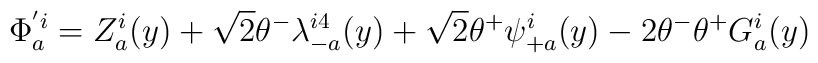
\Phi_a^{'i}=Z_a^i(y) +\sqrt 2 \theta^- \lambda_{-a}^{i4}(y)+\sqrt 2 \theta^+ \psi_{+a}^i(y)-2\theta^- \theta^+ G_a^i(y)